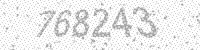
Solution: 768243